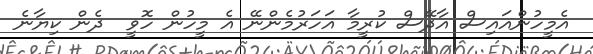
އެމީހުންއައިސް އާދޭސް ކުރީމާ އަހަރުމެންނޭ އެ މީހުން ހޮވީ  ދެން ކިޔާނެ